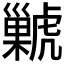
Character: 𧈊